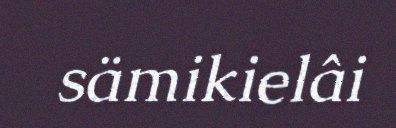
sämikielâi